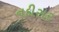
નદીસર